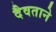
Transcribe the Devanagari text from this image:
दैवताने